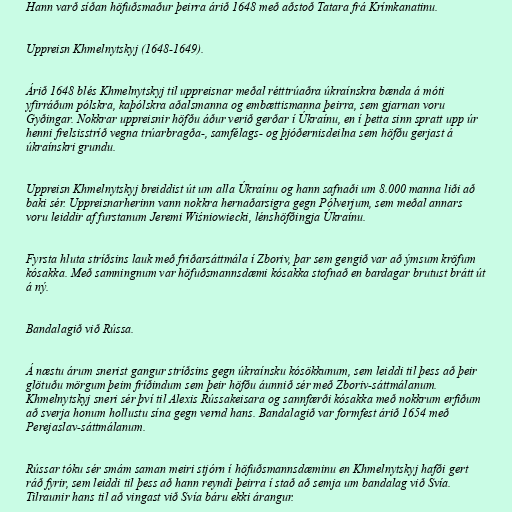
Hann varð síðan höfuðsmaður þeirra árið 1648 með aðstoð Tatara frá Krímkanatinu.

Uppreisn Khmelnytskyj (1648-1649).

Árið 1648 blés Khmelnytskyj til uppreisnar meðal rétttrúaðra úkraínskra bænda á móti
yfirráðum pólskra, kaþólskra aðalsmanna og embættismanna þeirra, sem gjarnan voru
Gyðingar. Nokkrar uppreisnir höfðu áður verið gerðar í Úkraínu, en í þetta sinn spratt upp úr
henni frelsisstríð vegna trúarbragða-, samfélags- og þjóðernisdeilna sem höfðu gerjast á
úkraínskri grundu.

Uppreisn Khmelnytskyj breiddist út um alla Úkraínu og hann safnaði um 8.000 manna liði að
baki sér. Uppreisnarherinn vann nokkra hernaðarsigra gegn Pólverjum, sem meðal annars
voru leiddir af furstanum Jeremi Wiśniowiecki, lénshöfðingja Úkraínu.

Fyrsta hluta stríðsins lauk með friðarsáttmála í Zboriv, þar sem gengið var að ýmsum kröfum
kósakka. Með samningnum var höfuðsmannsdæmi kósakka stofnað en bardagar brutust brátt út
á ný.

Bandalagið við Rússa.

Á næstu árum snerist gangur stríðsins gegn úkraínsku kósökkunum, sem leiddi til þess að þeir
glötuðu mörgum þeim fríðindum sem þeir höfðu áunnið sér með Zboriv-sáttmálanum.
Khmelnytskyj sneri sér því til Alexis Rússakeisara og sannfærði kósakka með nokkrum erfiðum
að sverja honum hollustu sína gegn vernd hans. Bandalagið var formfest árið 1654 með
Perejaslav-sáttmálanum.

Rússar tóku sér smám saman meiri stjórn í höfuðsmannsdæminu en Khmelnytskyj hafði gert
ráð fyrir, sem leiddi til þess að hann reyndi þeirra í stað að semja um bandalag við Svía.
Tilraunir hans til að vingast við Svía báru ekki árangur.